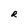
Character: R